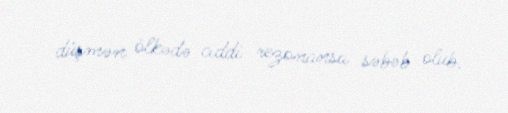
düşmən ölkədə ciddi rezonansa səbəb olub.